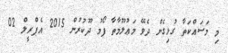
މި މަސައްކަތާ ގުޅިގެން ދެވޭ މަޢުލޫމާތާ ފޯމު ދޫކުރުން 2015 އެޕްރީލް 02